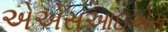
એએસઆઇએસ